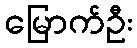
မြောက်ဦး